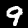
Label: 9